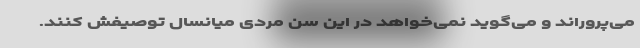
می‌پروراند و می‌گوید نمی‌خواهد در این سن مردی میانسال توصیفش کنند.